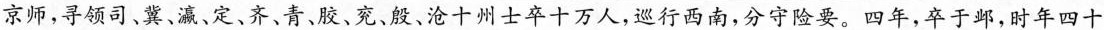
京师，寻领司、冀、瀛、定、齐、青、胶、兖、殷、沧十州士卒十万人，巡行西南，分守险要。四年，卒于邺，时年四十